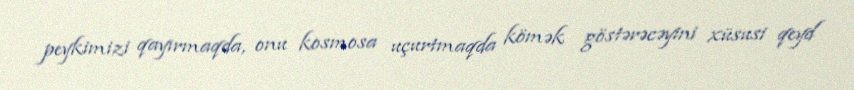
peykimizi qayırmaqda, onu kosmosa uçurtmaqda kömək göstərəcəyini xüsusi qeyd